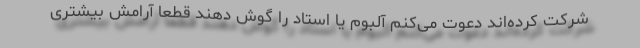
شرکت کرده‌اند دعوت می‌کنم آلبوم یا استاد را گوش دهند قطعا آرامش بیشتری